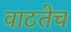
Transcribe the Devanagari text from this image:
वाटतेच